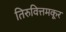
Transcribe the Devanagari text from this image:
तिरुवित्तमकूर